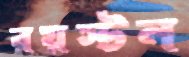
রয়স্টন